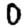
Digit: 0